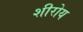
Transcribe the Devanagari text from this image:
शीरोय